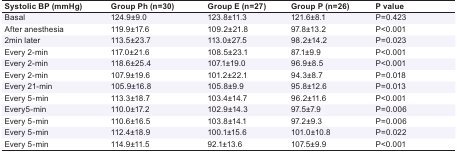
| Systolic BP (mmHg) | Group Ph (n=30) | Group E (n=27) | Group P (n=26) | P value |
 | --- | --- | --- | --- | --- |
 | Basal | 124.9±9.0 | 123.8±11.3 | 121.6±8.1 | P=0.423 |
 | After anesthesia | 119.9±17.6 | 109.2±21.8 | 97.8±13.2 | P<0.001 |
 | 2min later | 113.5±23.7 | 113.0±27.5 | 98.2±14.2 | P=0.023 |
 | Every 2-min | 117.0±21.6 | 108.5±23.1 | 87.1±9.9 | P<0.001 |
 | Every 2-min | 118.6±25.4 | 107.1±19.0 | 96.9±8.5 | P<0.001 |
 | Every 2-min | 107.9±19.6 | 101.2±22.1 | 94.3±8.7 | P=0.018 |
 | Every 21-min | 105.9±16.8 | 105.8±9.9 | 95.8±12.6 | P=0.013 |
 | Every 5-min | 113.3±18.7 | 103.4±14.7 | 96.2±11.6 | P<0.001 |
 | Every5-min | 110.0±17.2 | 102.9±14.3 | 97.5±7.9 | P=0.006 |
 | Every 5-min | 110.6±16.5 | 103.8±14.1 | 97.2±9.3 | P=0.006 |
 | Every 5-min | 112.4±18.9 | 100.1±15.6 | 101.0±10.8 | P=0.022 |
 | Every 5-min | 114.9±11.5 | 92.1±13.6 | 107.5±9.9 | P<0.001 |